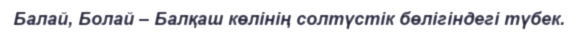
Балай, Болай – Балқаш көлінің солтүстік бөлігіндегі түбек.